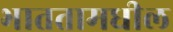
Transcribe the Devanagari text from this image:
भाततामधील